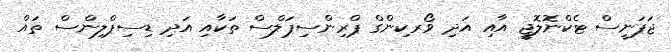
ޖަޕަނީސް ޓެކްނޮލޮޖީ އާއި އަދި ވޯރކިންގް ޕްރިންސިޕަލްސް ތަކާއި އަދި ޑިސިޕްލިންސް ތައް